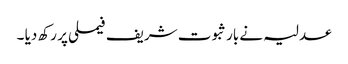
عدلیہ نے بار ثبوت شریف فیملی پر رکھ دیا ۔